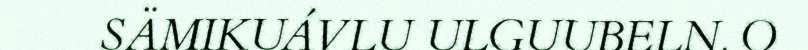
SÄMIKUÁVLU ULGUUBELN. O